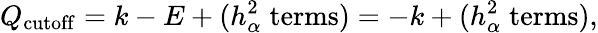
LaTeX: Q_{\mathrm{cutoff}}=k-E+(h_{\alpha}^{2}\; \mathrm{terms})=-k+(h_{\alpha}^{2}\; \mathrm{terms}),